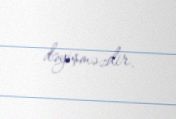
dəyişməzdir.